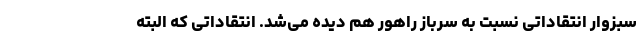
سبزوار انتقاداتی نسبت به سرباز راهور هم دیده می‌شد. انتقاداتی که البته